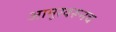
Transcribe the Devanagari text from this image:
आमूरवरूनच